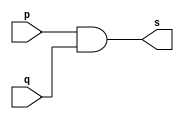
 
// ------------------------- 
// Exemplo0003 - AND 
// Nome: Mateus Augusto Moraes Ferreira
// ------------------------- 
 
// ------------------------- 
// -- and gate 
// ------------------------- 
module andgate ( output s,  
                               input  p,  
                               input  q); 
 assign s = p & q; 
endmodule // andgate 
 
// --------------------- 
// -- test and gate 
// --------------------- 
module testandgate; 
// ------------------------- dados locais 
   reg   a, b; // definir registradores 
   wire  s;    // definir conexao (fio) 
// ------------------------- instancia 
   andgate AND1 (s, a, b); 
// ------------------------- preparacao 
   initial begin:start 
      a=0; b=0; 
   end
	 
// ------------------------- parte principal 
 
   initial begin 
      $display("Exemplo0003 - Mateus Augusto Moraes Ferreira - 435669"); 
      $display("Test AND gate"); 
      $display("\na & b = s\n"); 
      a=0; b=0; 
  #1  $display("%b & %b = %b", a, b, s); 
      a=0; b=1; 
  #1  $display("%b & %b = %b", a, b, s); 
      a=1; b=0; 
  #1  $display("%b & %b = %b", a, b, s); 
      a=1; b=1; 
  #1  $display("%b & %b = %b", a, b, s); 
 end 
 
endmodule // testandgate